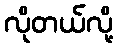
လိုတယ်လို့